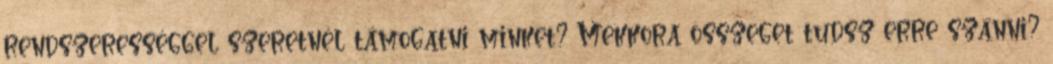
rendszerességgel szeretnél támogatni minket? Mekkora összeget tudsz erre szánni?